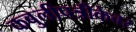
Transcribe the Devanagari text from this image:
कबुलीपत्रीकेवर